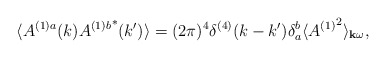
\begin{align*}\langle A^{(1)a}(k){A^{(1)b}}^*(k')\rangle =(2\pi)^4\delta^{(4)}(k-k')\delta_a^b\langle {A^{(1)}}^2\rangle_{{\bf k}\omega} ,\end{align*}